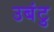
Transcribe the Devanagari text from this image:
उबंटु